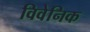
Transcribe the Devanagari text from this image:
विवेनिक